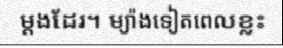
ម្តងដែរ។ ម្យ៉ាងទៀតពេលខ្លះ